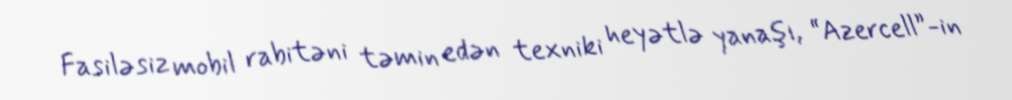
Fasiləsiz mobil rabitəni təmin edən texniki heyətlə yanaşı, “Azercell”-in